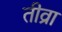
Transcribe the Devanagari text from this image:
तीव्रा